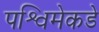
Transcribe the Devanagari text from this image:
पश्विमेकडे